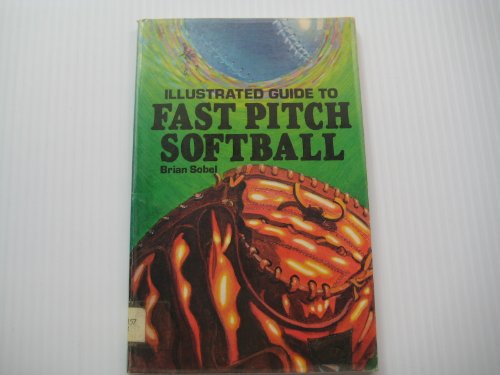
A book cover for Illustrated guide to fastpitch softball; Brian Sobel; Sports & Outdoors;